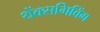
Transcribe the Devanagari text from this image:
थेंक्सगिविंग